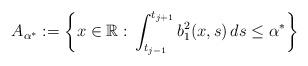
LaTeX: \begin{align*}A_{\alpha^*}:=\bigg\{x\in\mathbb R:\,\int_{t_{j-1}}^{t_{j+1}} b_1^2(x,s)\,ds\leq\alpha^*\bigg\}\end{align*}